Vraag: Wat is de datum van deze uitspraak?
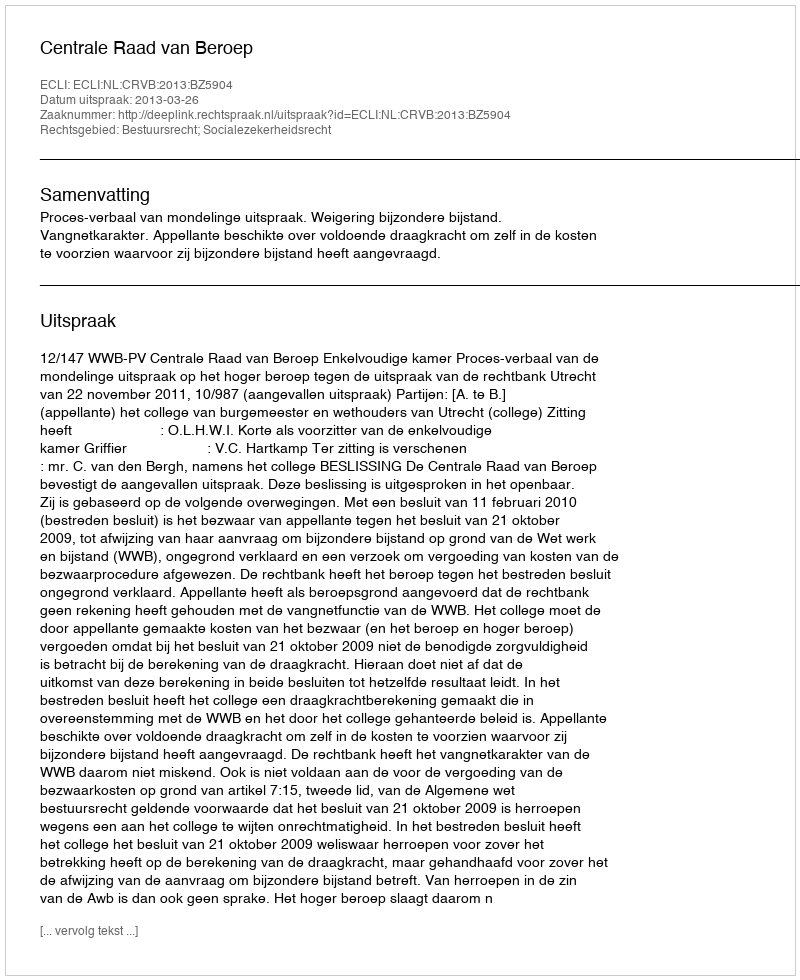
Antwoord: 2013-03-26